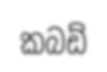
කබඩ්